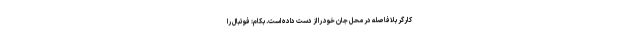
کارگر بلافاصله در محل جان خود را از دست داده است. بکام: فوتبال را